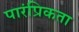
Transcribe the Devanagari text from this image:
पारंप्रिकता